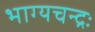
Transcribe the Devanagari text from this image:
भाग्यचन्द्रः